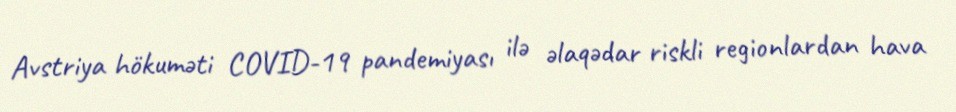
Avstriya hökuməti COVID-19 pandemiyası ilə əlaqədar riskli regionlardan hava